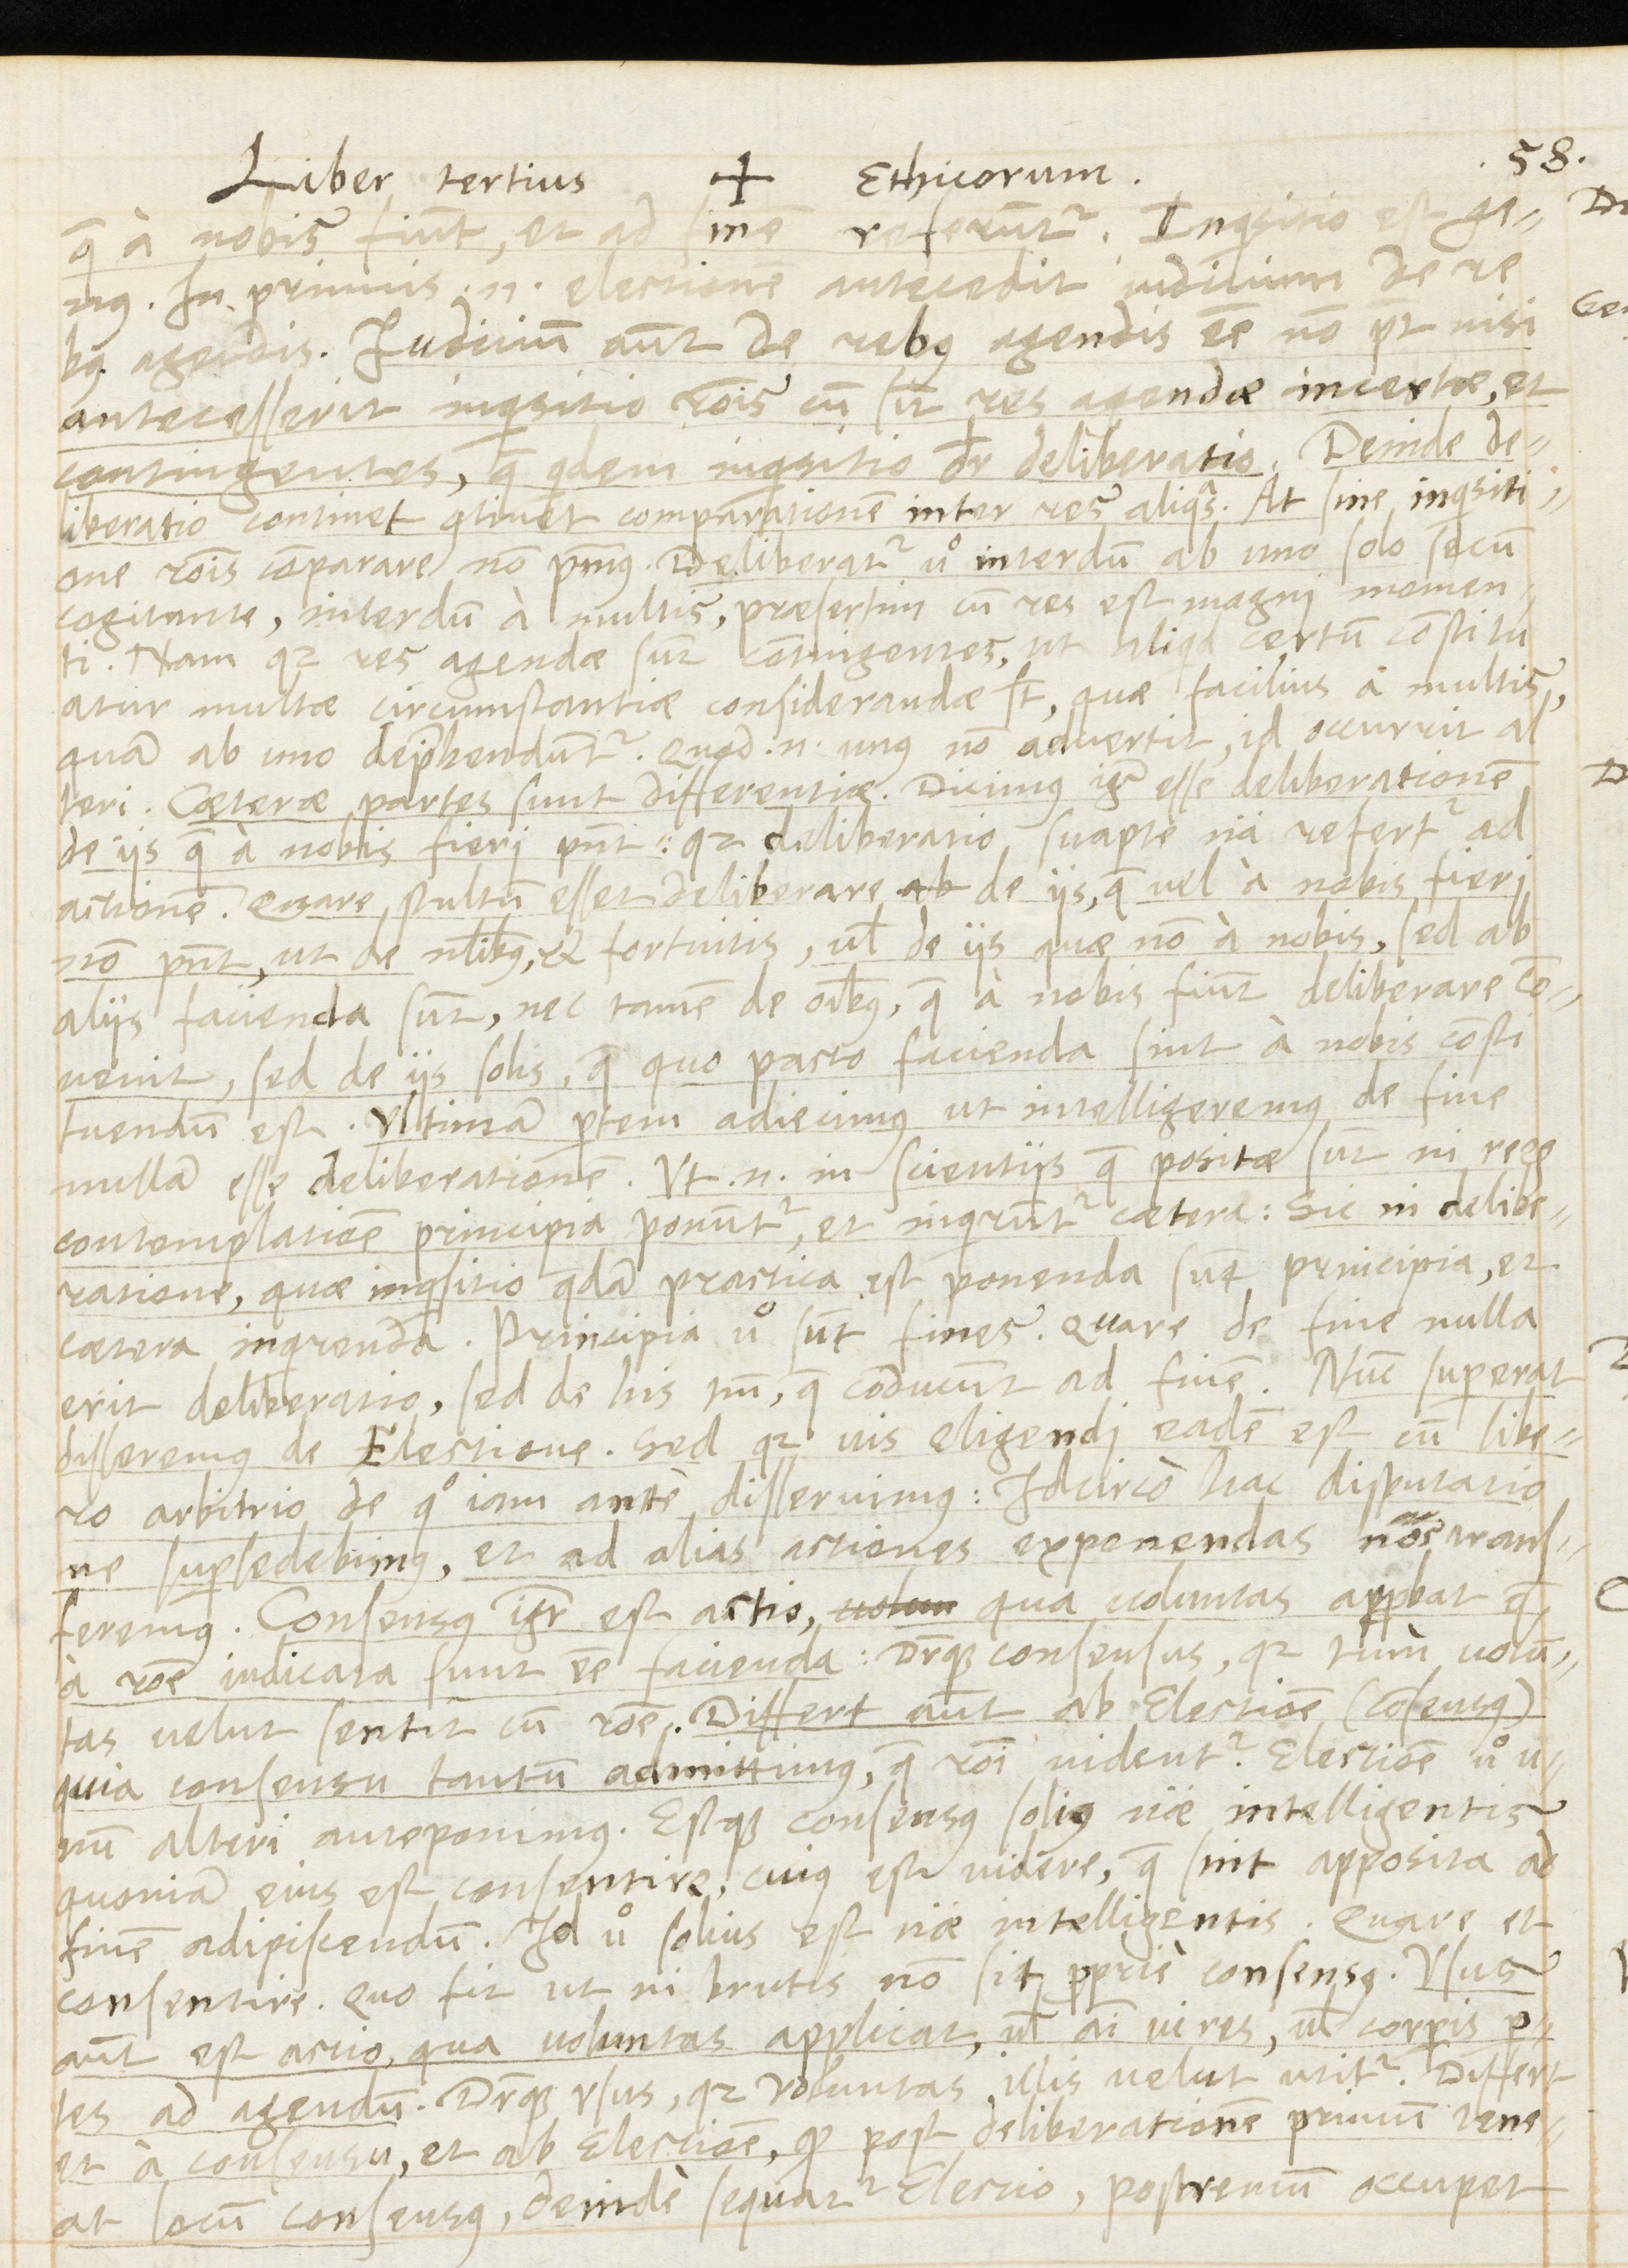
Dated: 1566–1566